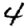
Digit: 4